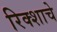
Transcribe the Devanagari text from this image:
रिक्शाचे